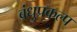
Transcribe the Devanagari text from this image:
बंधुप्रकल्प